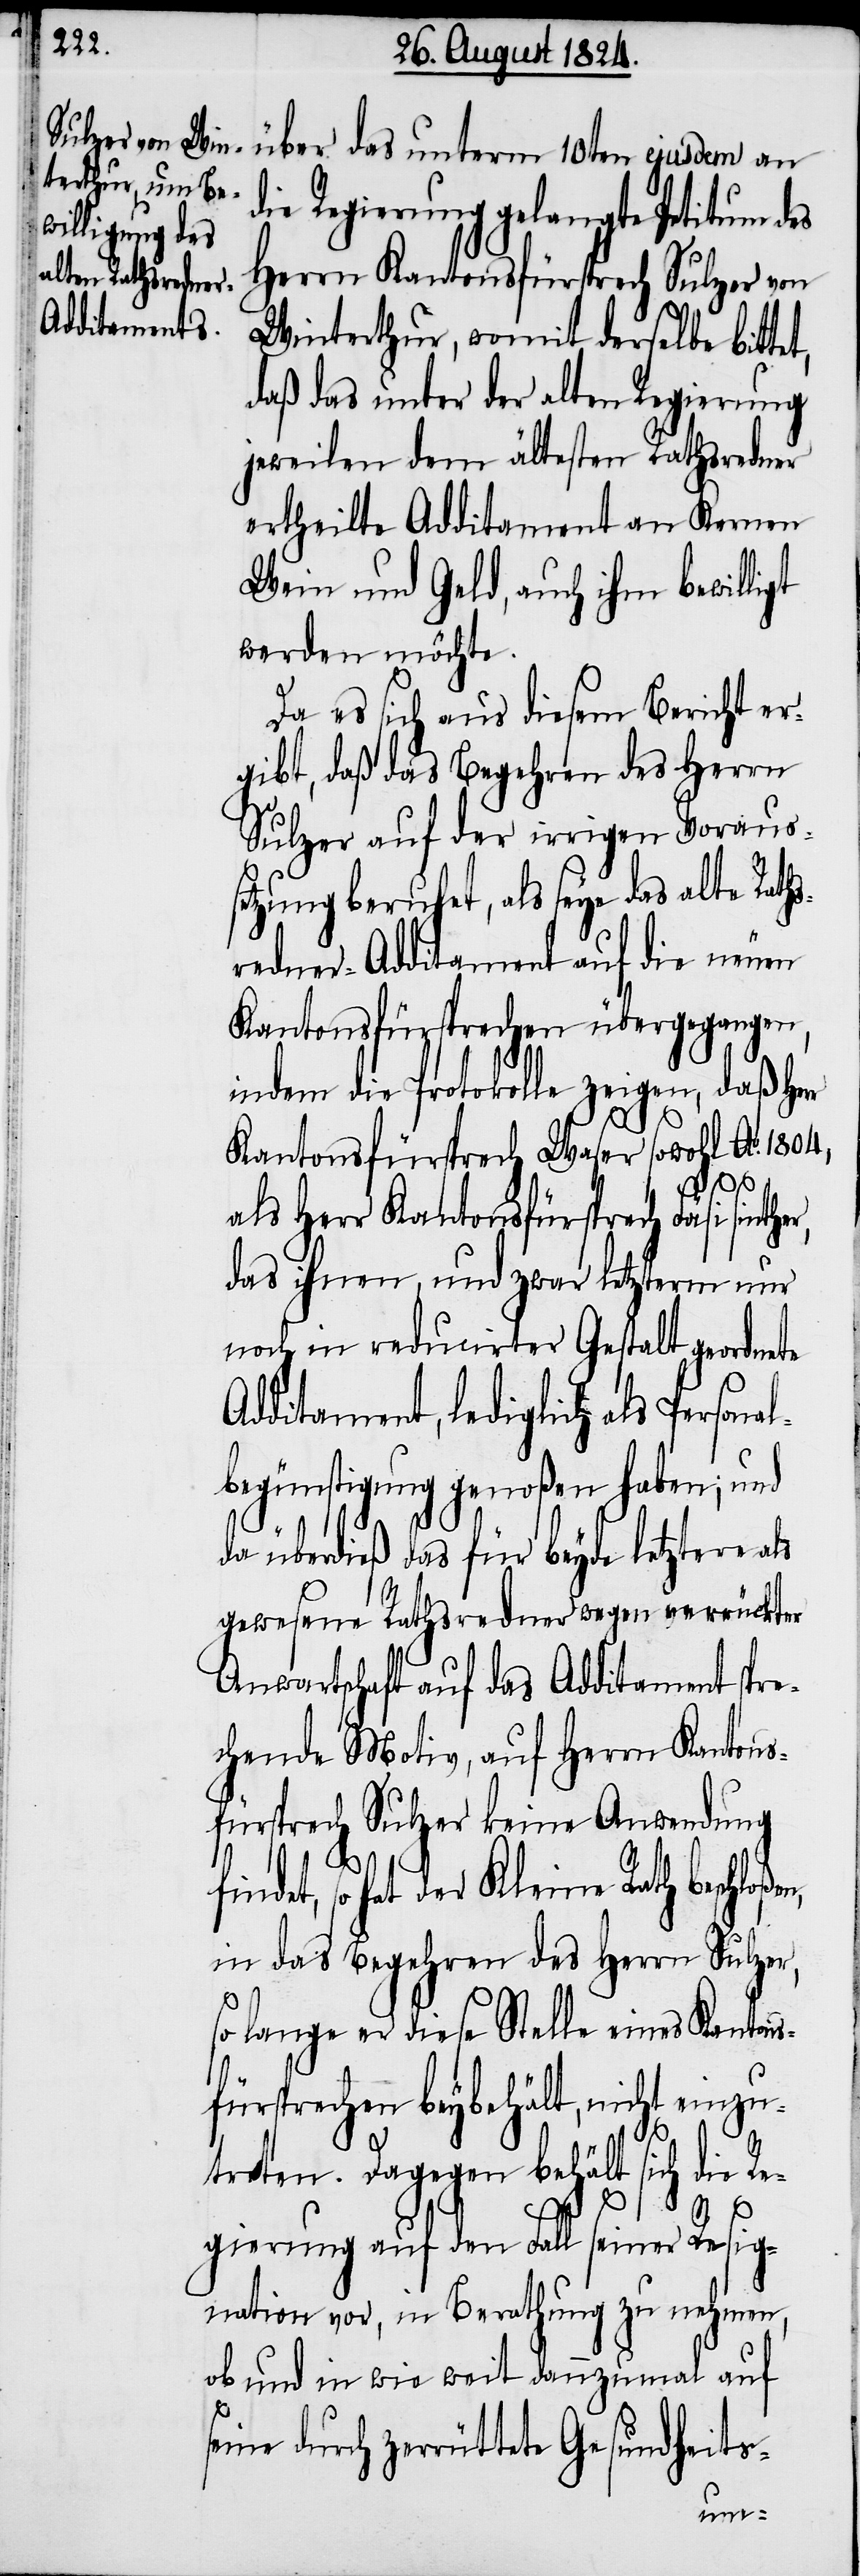
über das unterm 10ten ejusdem an
die Regierung gelangte Petitum des
Herrn Kantonsfürsprech Sulzer von
Winterthur, womit derselbe bittet,
daß das unter der alten Regierung
jeweilen dem ältesten Rathsredner
ertheilte Additament an Kernen
Wein und Geld, auch ihm bewilligt
werden möchte.
Da es sich aus diesem Bericht er¬
gibt, daß das Begehren des Herrn
Sulzer auf der irrigen Voraus¬
setzung beruhet, als seye das alte Rath¬
sredner-Additament auf die neuen
Kantonsfürsprechen übergegangen,
indem die Protokolle zeigen, daß He¬
Kantonsfürsprech Waser sowohl Ao. 1804,
als Herr Kantonsfürsprech Fäsi
das ihnen, und zwar letzterm nur
noch in reducirter Gestalt geordnete
Additament, lediglich als Personal¬
begünstigung genoßen haben; und
te
da überdieß das für beyde letztere als
gewesene Rathsredner wegen verrückter
Anwartschaft auf das Additament spre¬
chende Motiv, auf Herrn Kantons¬
fürsprech Sulzer keine Anwendung
det, so hat der Kleine Rath beschloß¬
in das Begehren des Herrn Sulzer,
so lange er diese Stelle eines Kantons¬
fürsprech beybehält, nicht einzu¬
treten. Dagegen behält sich die Re¬
gierung auf den Fall seiner Resig¬
nation vor, in Berathung zu nehmen,
ob und in wie weit dannzumal auf
seine durch zerrütte¬
Gesundh¬
eits-